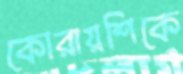
কোরায়শিকে